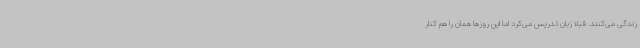
زندگی می‌کنند. قبلاً زبان تدریس می‌کرد اما این روزها همان را هم کنار